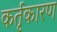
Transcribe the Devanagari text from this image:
कर्तृकारण